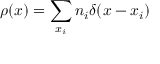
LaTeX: \rho ( x ) = \sum _ { x _ { i } } n _ { i } \delta ( x - x _ { i } )